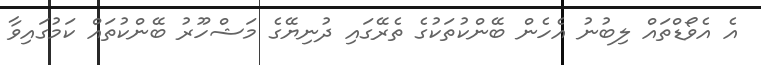
އެ އެވޯޑްތައް ލިބުނު އެހެން ބޭންކުތަކުގެ ތެރޭގައި ދުނިޔޭގެ މަޝްހޫރު ބޭންކުތައް ކަމުގައިވާ